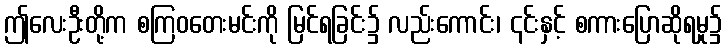
ဤလေးဦးတို့က စကြဝတေးမင်းကို မြင်ရခြင်း၌ လည်းကောင်း၊ ၎င်းနှင့် စကားပြောဆိုရမှု၌